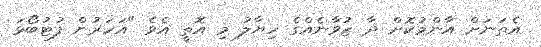
އެތަނަށް އާންމުކޮށް ދާ ޒުވާނެއްގެ ހިޔާލު މި އޮތީ އެވެ "އަހަރުން ފުޓުބޯޅަ